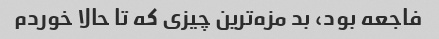
فاجعه بود، بد مزه‌ترین چیزی که تا حالا خوردم